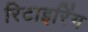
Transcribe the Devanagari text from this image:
रिटाइरिंग